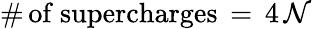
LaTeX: \# \mathrm{\, of~supercharges}\, =\, 4\, \mathcal{N}